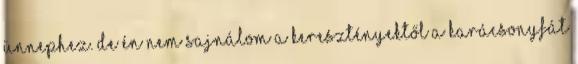
ünnephez. De én nem sajnálom a keresztényektől a karácsonyfát